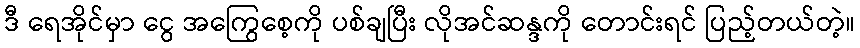
ဒီ ရေအိုင်မှာ ငွေ အကြွေစေ့ကို ပစ်ချပြီး လိုအင်ဆန္ဒကို တောင်းရင် ပြည့်တယ်တဲ့။